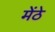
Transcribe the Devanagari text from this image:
मेंठे